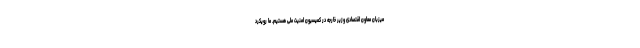
میزبان معاون اقتصادی وزیر خارجه در کمیسیون امنیت ملی هستیم. ما رویکرد